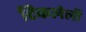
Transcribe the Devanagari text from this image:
टिकलेली